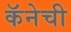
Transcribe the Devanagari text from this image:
कॅनेची